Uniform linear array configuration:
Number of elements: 64
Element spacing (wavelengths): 0.5
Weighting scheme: exponential
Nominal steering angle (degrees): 0
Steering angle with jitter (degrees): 1.345
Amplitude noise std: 0.05
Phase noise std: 0.05

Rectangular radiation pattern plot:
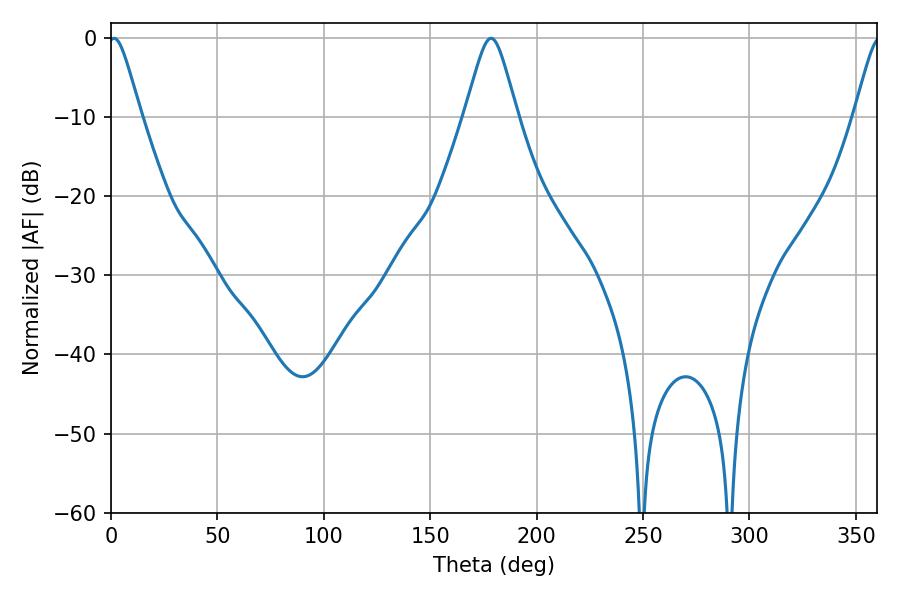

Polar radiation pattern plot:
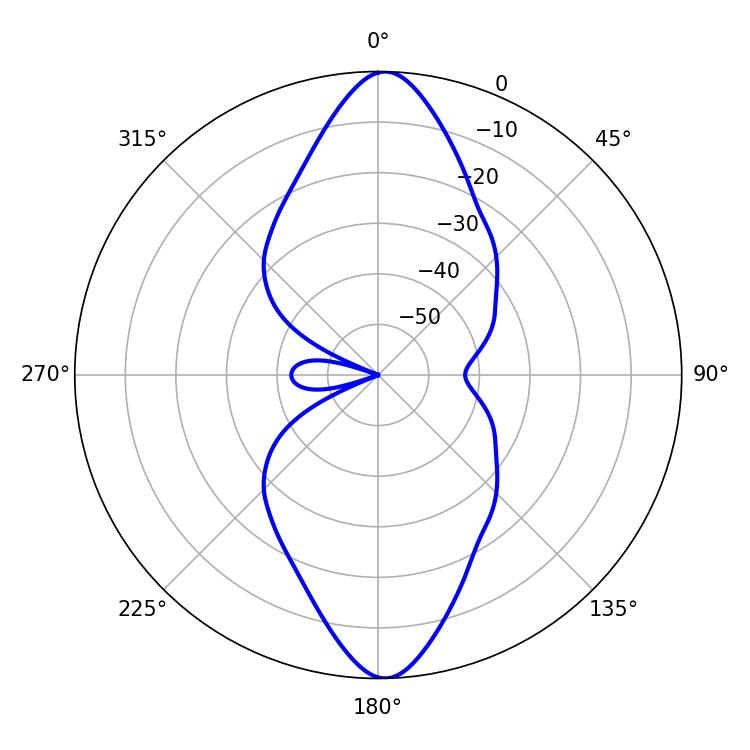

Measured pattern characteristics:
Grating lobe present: FALSE
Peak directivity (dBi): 21.914
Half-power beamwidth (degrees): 7.38
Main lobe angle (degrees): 1.44